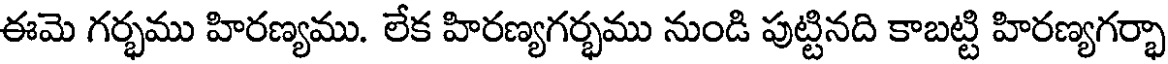
ఈమె గర్భము హిరణ్యము. లేక హిరణ్యగర్భము నుండి పుట్టినది కాబట్టి హిరణ్యగర్భా